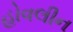
હોવલીન